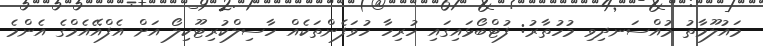
މައުލޫމާތު މުއްސަނދިވި މުހުތާރު: ފުޓްބޯޅައިގައި ހުރިހާ ހުވަފެންތަކެއް ހާސިލްކުރިޓޫކިލޯ އަށް އެފްއޭއެމްގެ އެންމެ